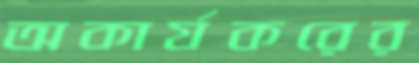
অকার্যকরের